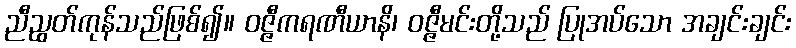
ညီညွတ်ကုန်သည်ဖြစ်၍။ ဝဇ္ဇီကရဏီယာနိ၊ ဝဇ္ဇီမင်းတို့သည် ပြုအပ်သော အချင်းချင်း